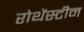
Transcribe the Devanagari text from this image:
रोथेंस्टीन